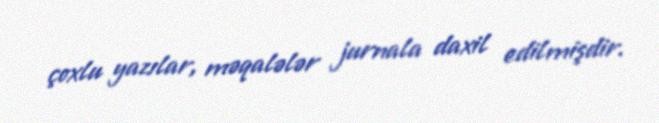
çoxlu yazılar, məqalələr jurnala daxil edilmişdir.